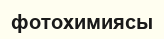
фотохимиясы